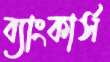
ব্যাংকার্স